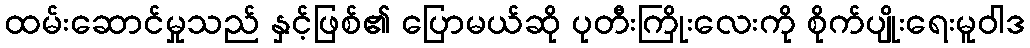
ထမ်းဆောင်မှုသည် နှင့်ဖြစ်၏ ပြောမယ်ဆို ပုတီးကြိုးလေးကို စိုက်ပျိုးရေးမူဝါဒ